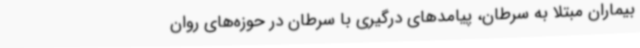
بیماران مبتلا به سرطان، پیامدهای درگیری با سرطان در حوزه‌های روان